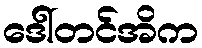
ဒေါ်တင်အိက